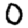
Digit: 0